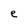
Character: e